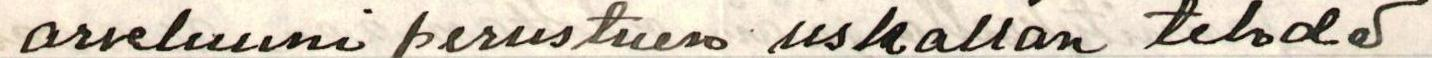
arveluuni perustuen uskallan tehdä